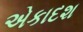
એકાદશ